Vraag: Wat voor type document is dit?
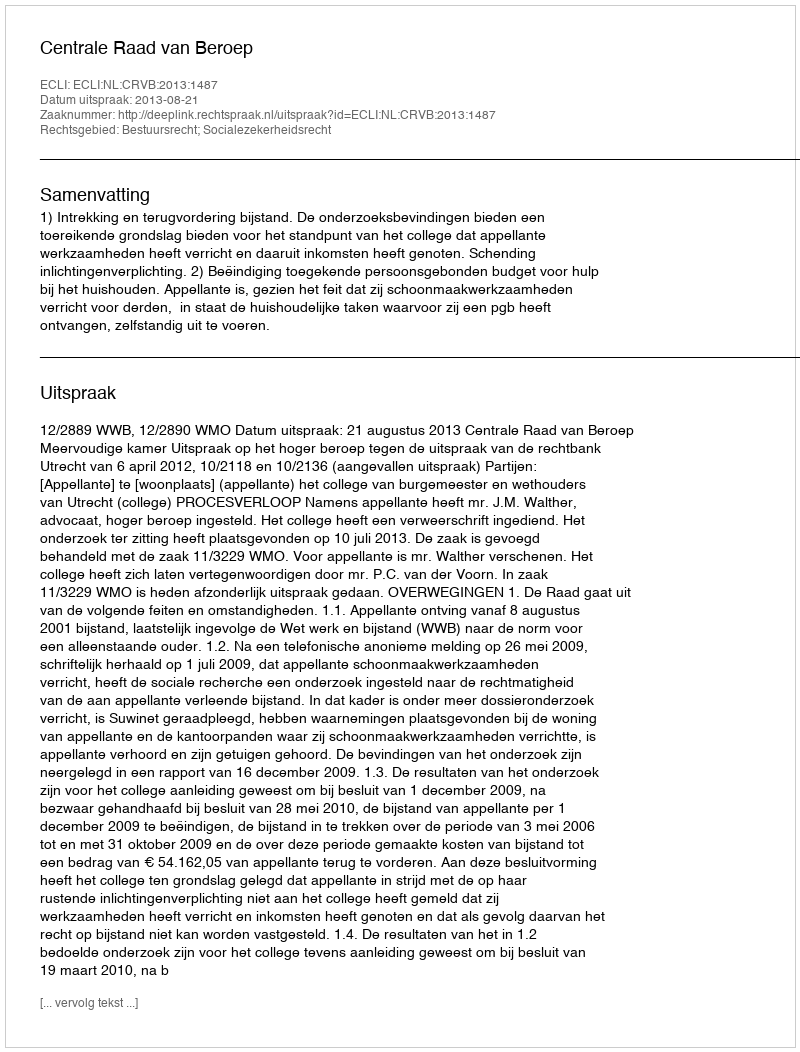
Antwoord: Uitspraak